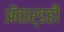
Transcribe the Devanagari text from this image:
ॲवार्डही